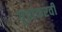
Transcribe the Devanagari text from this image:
गुंडांकरवी